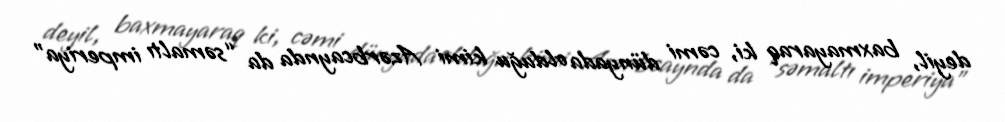
deyil, baxmayaraq ki, cəmi dünyada olduğu kimi Azərbcaynda da “səmaltı imperiya”